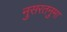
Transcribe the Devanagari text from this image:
नुसरतनुमा